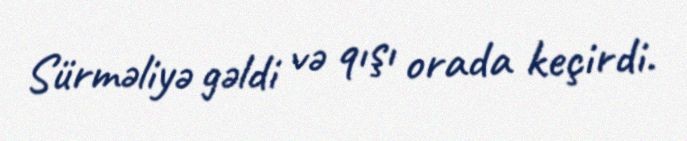
Sürməliyə gəldi və qışı orada keçirdi.